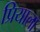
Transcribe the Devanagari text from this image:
प्रियाला